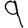
Digit: 9